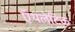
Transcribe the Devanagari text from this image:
ऍथलेटिक